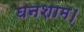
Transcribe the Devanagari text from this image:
घनशाम।